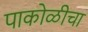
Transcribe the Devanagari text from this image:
पाकोळीचा